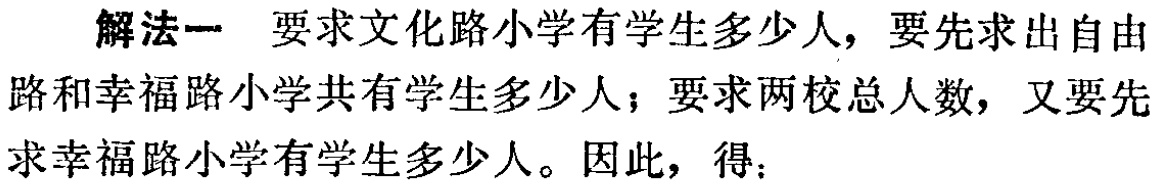
解法一 要求文化路小学有学生多少人，要先求出自由路和幸福路小学共有学生多少人；要求两校总人数，又要先求幸福路小学有学生多少人。因此，得：